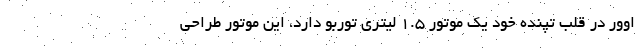
اوور در قلب تپنده خود یک موتور 1.5 لیتری توربو دارد، این موتور طراحی